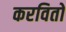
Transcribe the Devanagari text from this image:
करवितो